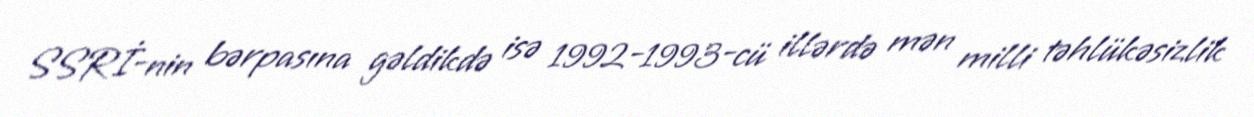
SSRİ-nin bərpasına gəldikdə isə 1992-1993-cü illərdə mən milli təhlükəsizlik